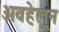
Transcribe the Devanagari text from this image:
अवहेलून